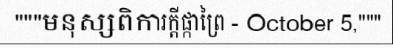
"""មនុស្សពិការក្តីផ្កាព្រៃ - October 5,"""